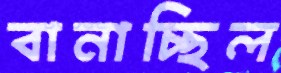
বানাচ্ছিল